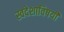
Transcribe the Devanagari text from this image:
स्वदेशाविषयी